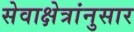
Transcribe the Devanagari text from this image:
सेवाक्षेत्रांनुसार